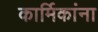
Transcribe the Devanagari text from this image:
कार्मिकांना